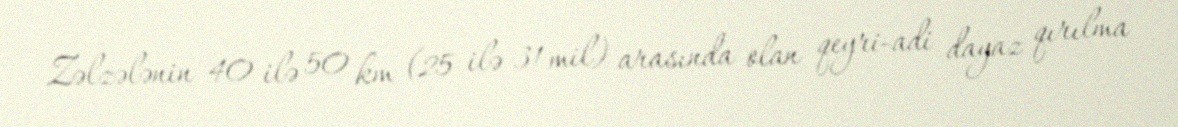
Zəlzələnin 40 ilə 50 km (25 ilə 31 mil) arasında olan qeyri-adi dayaz qırılma